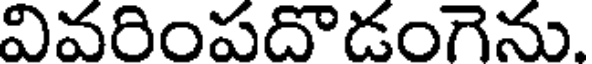
వివరింపదొడంగెను.